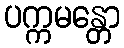
ပက္ကမန္တော